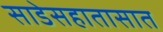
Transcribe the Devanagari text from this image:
साडेसहातासात